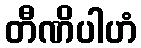
တီဏိပါဟံ